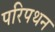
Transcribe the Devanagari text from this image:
परिपथन